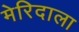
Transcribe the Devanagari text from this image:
मेरिदाला